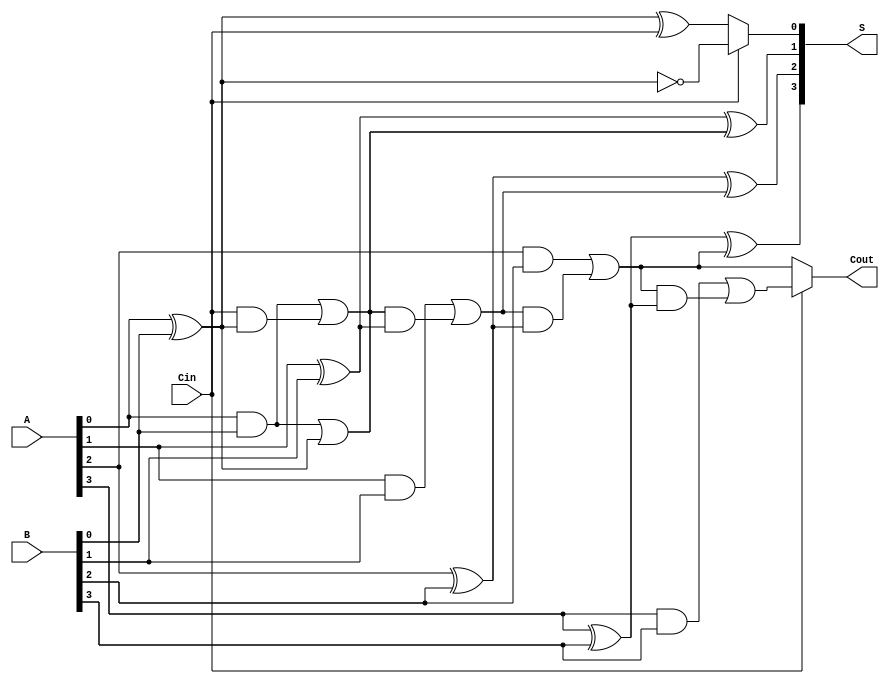
module DynamicCarrySelectAdder #(parameter N = 4) (
    input [N-1:0] A,        // First n-bit input
    input [N-1:0] B,        // Second n-bit input
    input Cin,              // Carry-in
    output [N-1:0] S,       // n-bit sum output
    output Cout             // Carry-out
);

    // Internal signals for carry and sum
    wire [N-1:0] S0, S1;    // Sums for Cin = 0 and Cin = 1
    wire [N:0] C;           // Carry signals

    // Generate the carry and sum for Cin = 0
    genvar i;
    generate
        for (i = 0; i < N; i = i + 1) begin : adders_cin0
            if (i == 0) begin
                // First full adder
                assign S0[i] = A[i] ^ B[i] ^ Cin;
                assign C[i+1] = (A[i] & B[i]) | (Cin & (A[i] ^ B[i]));
            end else begin
                // Subsequent full adders
                assign S0[i] = A[i] ^ B[i] ^ C[i];
                assign C[i+1] = (A[i] & B[i]) | (C[i] & (A[i] ^ B[i]));
            end
        end
    endgenerate

    // Generate the carry and sum for Cin = 1
    generate
        for (i = 0; i < N; i = i + 1) begin : adders_cin1
            if (i == 0) begin
                // First full adder
                assign S1[i] = A[i] ^ B[i] ^ 1'b1;
                assign C[i+1] = (A[i] & B[i]) | (1'b1 & (A[i] ^ B[i]));
            end else begin
                // Subsequent full adders
                assign S1[i] = A[i] ^ B[i] ^ C[i];
                assign C[i+1] = (A[i] & B[i]) | (C[i] & (A[i] ^ B[i]));
            end
        end
    endgenerate

    // MUX to select the correct sum based on Cin
    assign S = (Cin) ? S1 : S0;

    // Determine the final carry-out
    assign Cout = (Cin) ? C[N] : C[N-1];

endmodule